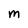
Character: M